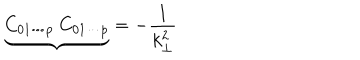
{ \underbrace { C _ { 0 1 \cdots p } ~ C _ { 0 1 \cdots p } } } = - \frac { 1 } { k _ { \bot } ^ { 2 } }